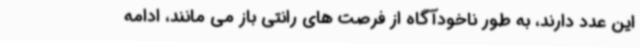
این عدد دارند، به طور ناخودآگاه از فرصت های رانتی باز می مانند، ادامه